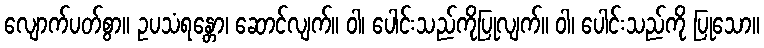
လျောက်ပတ်စွာ။ ဥပသံရန္တော၊ ဆောင်လျက်။ ဝါ၊ ပေါင်းသည်ကိုပြုလျက်။ ဝါ၊ ပေါင်းသည်ကို ပြုသော။